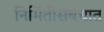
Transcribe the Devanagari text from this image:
निर्मितीसंबंधात